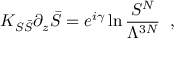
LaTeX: { \cal K } _ { S \bar { S } } \partial _ { z } \bar { S } = e ^ { i \gamma } \ln \frac { S ^ { N } } { \Lambda ^ { 3 N } } \; \; ,